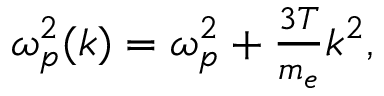
\begin{array} { r } { \omega _ { p } ^ { 2 } ( k ) = \omega _ { p } ^ { 2 } + \frac { 3 T } { m _ { e } } k ^ { 2 } , } \end{array}